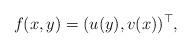
LaTeX: \begin{align*}f(x,y) = (u(y),v(x))^\top,\end{align*}